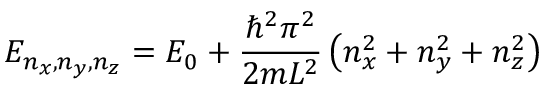
E _ { n _ { x } , n _ { y } , n _ { z } } = E _ { 0 } + { \frac { \hbar ^ { 2 } \pi ^ { 2 } } { 2 m L ^ { 2 } } } \left( n _ { x } ^ { 2 } + n _ { y } ^ { 2 } + n _ { z } ^ { 2 } \right)